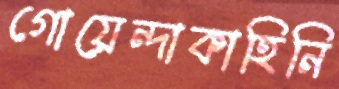
গোয়েন্দাকাহিনি